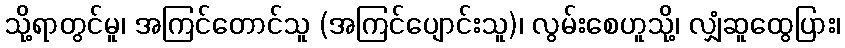
သို့ရာတွင်မူ၊ အကြင်တောင်သူ (အကြင်ပျောင်းသူ)၊ လွမ်းစေဟူသို့၊ လျှံဆူထွေပြား၊